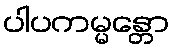
ပါပကမ္မန္တော